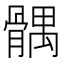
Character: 髃